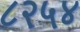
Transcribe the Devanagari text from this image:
८२५४